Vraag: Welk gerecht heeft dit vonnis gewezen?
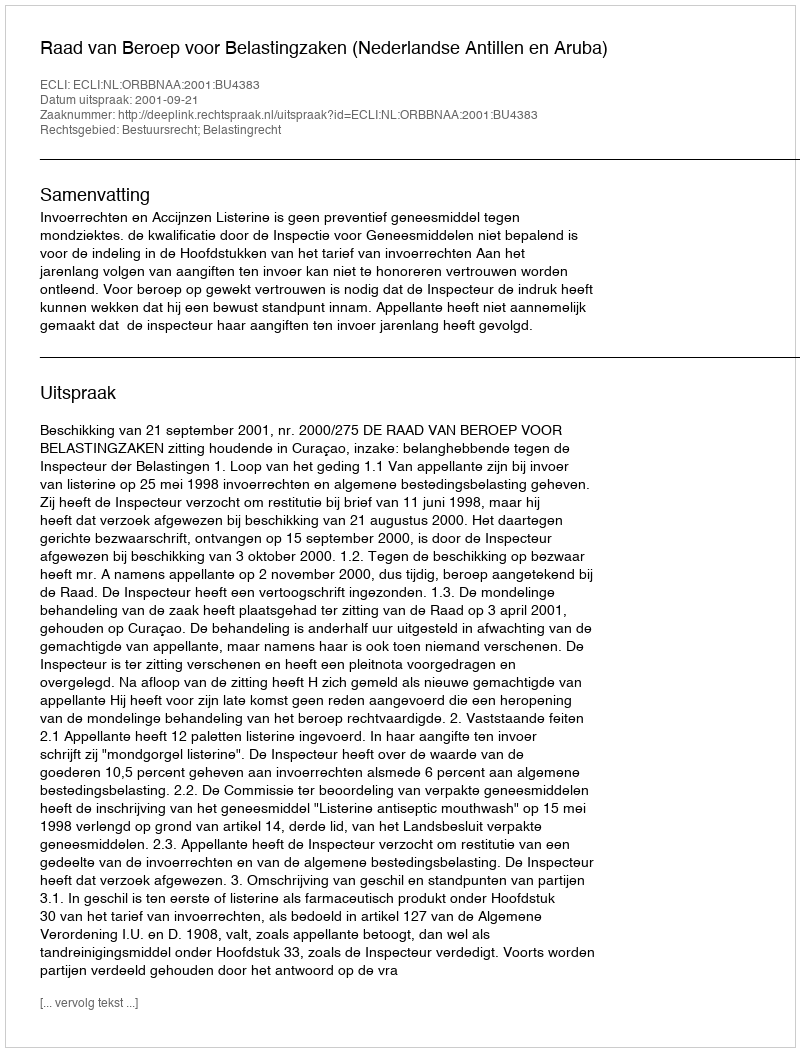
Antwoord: Raad van Beroep voor Belastingzaken (Nederlandse Antillen en Aruba)